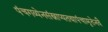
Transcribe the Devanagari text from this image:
पंचगव्येनसंस्नाप्यतथापंचामृतेनवै